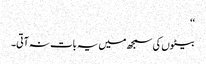
‘‘
بیٹوں کی سمجھ میں یہ بات نہ آتی۔